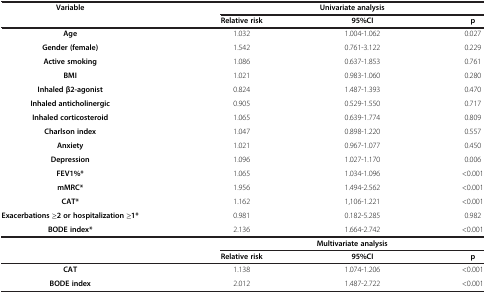
| <ROWSPAN=2> Variable | <COLSPAN=3> Univariate analysis |
 | Relative risk | 95%CI | p |
 | --- | --- | --- | --- |
 | Age | 1.032 | 1.004-1.062 | 0.027 |
 | Gender (female) | 1.542 | 0.761-3.122 | 0.229 |
 | Active smoking | 1.086 | 0.637-1.853 | 0.761 |
 | BMI | 1.021 | 0.983-1.060 | 0.280 |
 | Inhaled β2-agonist | 0.824 | 1.487-1.393 | 0.470 |
 | Inhaled anticholinergic | 0.905 | 0.529-1.550 | 0.717 |
 | Inhaled corticosteroid | 1.065 | 0.639-1.774 | 0.809 |
 | Charlson index | 1.047 | 0.898-1.220 | 0.557 |
 | Anxiety | 1.021 | 0.967-1.077 | 0.450 |
 | Depression | 1.096 | 1.027-1.170 | 0.006 |
 | FEV1%* | 1.065 | 1.034-1.096 | <0.001 |
 | mMRC* | 1.956 | 1.494-2.562 | <0.001 |
 | CAT* | 1.162 | 1,106-1.221 | <0.001 |
 | Exacerbations ≥2 or hospitalization ≥1* | 0.981 | 0.182-5.285 | 0.982 |
 | BODE index* | 2.136 | 1.664-2.742 | <0.001 |
 | <ROWSPAN=2>  | <COLSPAN=3> Multivariate analysis |
 | Relative risk | 95%CI | p |
 | CAT | 1.138 | 1.074-1.206 | <0.001 |
 | BODE index | 2.012 | 1.487-2.722 | <0.001 |